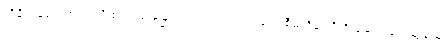
ထိခိုက်စေပါတယ် လို့ စပါးအုံးမြွေ ရှင်းလင်းဖယ်ရှားရေး စီမံကိန်းကို ဦးဆောင်ရေးဆွဲခဲ့သူ